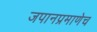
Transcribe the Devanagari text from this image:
जपानप्रमाणेच